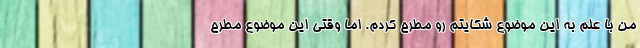
من با علم به این موضوع شکایتم رو مطرح کردم. اما وقتی این موضوع مطرح